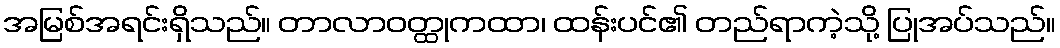
အမြစ်အရင်းရှိသည်။ တာလာဝတ္ထုကထာ၊ ထန်းပင်၏ တည်ရာကဲ့သို့ ပြုအပ်သည်။